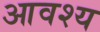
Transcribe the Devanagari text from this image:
आवश्‍य